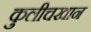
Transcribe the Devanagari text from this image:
कुलीचखान